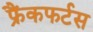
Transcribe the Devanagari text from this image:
फ्रैंकफर्टस